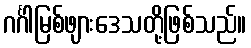
ဂင်္ဂါမြစ်ဖျားဒေသတို့ဖြစ်သည်။